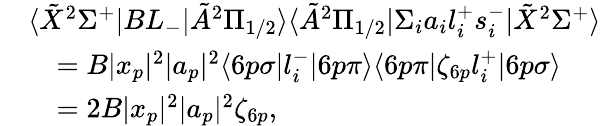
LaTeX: \begin{array}{rl}&{\langle\tilde{X}^{2}\Sigma^{+}|BL_{-}|\tilde{A}^{2}\Pi_{1/2}\rangle\langle\tilde{A}^{2}\Pi_{1/2}|\Sigma_{i}a_{i}l_{i}^{+}s_{i}^{-}|\tilde{X}^{2}\Sigma^{+}\rangle}\\ &{\quad=B|x_{p}|^{2}|a_{p}|^{2}\langle 6p\sigma|l_{i}^{-}|6p\pi\rangle\langle 6p\pi|\zeta_{6p}l_{i}^{+}|6p\sigma\rangle}\\ &{\quad=2B|x_{p}|^{2}|a_{p}|^{2}\zeta_{6p},}\end{array}